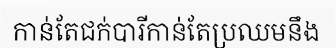
កាន់តែជក់បារីកាន់តែប្រឈមនឹង